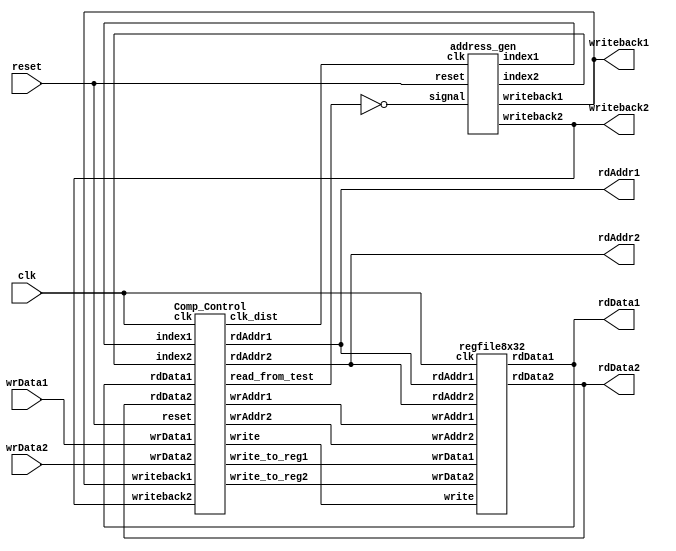
//`timescale 1ns / 1ns

/***************************************************************************
Top module: wires regfile8x32,comp_cont and address_gen together and 
			also defines the input/output of the merge sort engine

***************************************************************************/
module controller_top
  (input clk,input reset,
	output [4:0] rdAddr1,output [4:0] rdAddr2,
	input [7:0] wrData1,input [7:0] wrData2,
	output [7:0] rdData1,output [7:0] rdData2,
	output writeback1,output writeback2);

 wire[4:0] index1;  
 wire [4:0] index2;
 wire write,read;
 wire [7:0] write_to_reg2,write_to_reg1;
 wire [4:0] wrAddr1,wrAddr2;
 wire clk_dist,read_from_test;
/***************************************************************************
wiring for regfile8x32 module
***************************************************************************/
regfile8x32 registers
  (.clk(clk), .write(write),
   .wrAddr1(wrAddr1),.wrAddr2(wrAddr2),
   .wrData1(write_to_reg1),.wrData2(write_to_reg2),
   .rdAddr1(rdAddr1),.rdAddr2(rdAddr2),
   .rdData1(rdData1),.rdData2(rdData2));
/***************************************************************************
wiring for address_gen module
***************************************************************************/
address_gen index_generators
  (.clk(clk_dist),.signal(!read_from_test),.reset(reset),.index1(index1),. 
   index2(index2),.writeback2(writeback2),.writeback1(writeback1));
/***************************************************************************
wiring for comp_cont module
***************************************************************************/
Comp_Control comp_cont
  (.clk(clk),.reset(reset),.writeback1(writeback1),.writeback2(writeback2),
	.rdAddr1(rdAddr1),.rdAddr2(rdAddr2),
	.wrAddr1(wrAddr1),.wrAddr2(wrAddr2),
	.write_to_reg1(write_to_reg1),.write_to_reg2(write_to_reg2),
	.index1(index1),.index2(index2),
	.rdData1(rdData1),.rdData2(rdData2),
	.wrData1(wrData1),.wrData2(wrData2),
	.write(write),.clk_dist(clk_dist),.read_from_test(read_from_test));

endmodule
/////////////////////////////////////////////////////////////////////////////////////////
/////////////////////////////////////////////////////////////////////////////////////////
/////////////////////////////////////////////////////////////////////////////////////////

/***************************************************************************
Comp_Control: -	Compares and swaps values of register before writing them 
				back to the register file using the index from address_gen
				module
			  -	It also takes care of initial data read from the test-
				fixture
			  -	Generates write signal for regfile8x32 and clk_dist for 
				address_gen

***************************************************************************/


module Comp_Control
  (input clk,input reset,
	input writeback1,input writeback2,
	output [4:0] rdAddr1,output [4:0] rdAddr2,
	output reg [4:0] wrAddr1,output reg [4:0] wrAddr2,
	output reg [7:0] write_to_reg1,output reg [7:0] write_to_reg2,
	input [4:0] index1,input [4:0] index2,
	input [7:0] rdData1,input [7:0] rdData2,
	input [7:0] wrData1,input [7:0] wrData2,
	output write,
	output reg clk_dist,
	output reg read_from_test);
   
   

   reg [4:0] count_16;
   reg [7:0] count_dist;
   reg clk_16;
   parameter [1:0] // synopsys enum states 
   S0 = 2'b00, S1 = 2'b01, S2 = 2'b10, S3 = 2'b11;
   reg [1:0]  /* synopsys enum states */current_state, next_state;
   




assign write= (count_dist== 1'b1) | read_from_test ?1'b1:1'b0; 
assign read= (count_dist!= 1'b0)?1'b0:1'b1; 
// Generate clk_dist for the address_gen module
   always @(posedge clk)begin 
    if (reset) begin // active high reset
    	count_dist <= 5'b0 ;
	clk_dist <= 1'b1;
    end else if (count_dist == 2'b01)begin
    	count_dist <= 1'b0;
        clk_dist <=~clk_dist;
     end else begin
	clk_dist <= 0;
	count_dist <= count_dist+1'b1;
    end

   end
   
   // regfile8x32 read addresses to read data from the test-fixture
   always @(posedge clk)begin
    if (reset) begin // active high reset
    	count_16 <= 5'b0 ;
	clk_16 = 1;
    end else if (count_16 == 5'd30)begin
    	count_16 <= 0;
        clk_16 =~clk_16;
     end else begin
	count_16 <= count_16+2'b10;
    end
   end

// regfile8x32 read addresses.
assign rdAddr1=read_from_test?count_16:index1;
assign rdAddr2=read_from_test?count_16+1'b1:index2;


// Compare - swap data and forward it to the write ports for regfile8x32 
always@(*) begin
if (read_from_test) begin // read data from test-fixture->compare swap -> write to regfile8x32
  write_to_reg1 = wrData1>wrData2?wrData1:wrData2;
  write_to_reg2 = wrData1>wrData2?wrData2:wrData1;
   wrAddr1=count_16+1'b1;
  wrAddr2=count_16;
end else if (write == 1'b1 ) begin // read data from regfile8x32->compare swap -> write to regfile8x32
   write_to_reg1 = rdData1<rdData2?rdData1:rdData2;
   write_to_reg2 = rdData1<rdData2?rdData2:rdData1;
   wrAddr1=index1;
   wrAddr2=index2;
end else if (writeback1 |  writeback2) begin // read data from regfile8x32->compare swap -> write to test-fixture
   write_to_reg1 = rdData1<rdData2?rdData1:rdData2;
   write_to_reg2 = rdData1<rdData2?rdData2:rdData1;
   wrAddr1=index1;
   wrAddr2=index2;
end
end

	/*------- Sequential Logic ----*/ 
always@(posedge clk ) 
if (reset) current_state <= S0; 
else current_state <= next_state;
// State machine to control read from the test-fixture
always@(current_state or clk_16) begin
case (current_state) 
S0: begin    
read_from_test <=1'b1;

if (clk_16==1'b0 & read_from_test == 1'b1)
begin next_state = S1; read_from_test <=1'b0; end
else next_state = S0; end
// dummy states all operations are handled by the index generated by address_gen
S1: begin 
next_state = S2; 
end
S2 : begin  next_state = S1; end
default : next_state = S1; 
endcase
end

endmodule

/////////////////////////////////////////////////////////////////////////////////////////
/////////////////////////////////////////////////////////////////////////////////////////
/////////////////////////////////////////////////////////////////////////////////////////

/***************************************************************************
regfile8x32: -	store the data.
***************************************************************************/

module regfile8x32
  (input clk,
   input write,
   input  [4:0] wrAddr1,wrAddr2,
   input [7:0] wrData1,wrData2,
   input [4:0] rdAddr1,rdAddr2,
   output reg [7:0] rdData1,rdData2);
// a register file of 32 elements each 8-bit wide
   reg [7:0] 	 regfile [0:31];
// read data when no other write operation is being performed
   always @(posedge clk) begin
      if (!write) begin
	rdData1 <= regfile[rdAddr1];
	rdData2 <= regfile[rdAddr2];
      end
   end
// write data when write is logic high
   always @(posedge clk) begin
      if (write) begin
	regfile[wrAddr1] <= wrData1;
	regfile[wrAddr2] <= wrData2;
	end
   end
endmodule

/////////////////////////////////////////////////////////////////////////////////////////
/////////////////////////////////////////////////////////////////////////////////////////
/////////////////////////////////////////////////////////////////////////////////////////

/***************************************************************************
address_gen: -	generate the address indexes for sorting, penultimate and
				final sorted write back stages.
***************************************************************************/


module address_gen
  (input clk,input signal,input reset,
	output wire [4:0] index1,output wire [4:0] index2,
	output reg writeback2,output reg writeback1);
   reg [4:0] count_wb;
   reg [8:0] count;
   
   reg [4:0] loop2_count,loop2_count_temp;
  
   wire [4:0] loop3_count;
   reg [7:0] dist,l1,l2,dist_temp;
   //wire [4:0] index1,index2;
   reg [4:0] loop1_count;
   reg [7:0] count_l2,count_temp;
   reg init_zero,clk_l2,next;
    
   always @(posedge clk)begin
    if (reset | !signal) begin // active high reset
    	count_l2 <= 5'b0 ;
	clk_l2 = 1;
    end else if (count_l2 == l2-1)begin
    	count_l2 <= 0;
        clk_l2 =~clk_l2;
     end else begin
	//clk5 =~clk5;
	count_l2 <= count_l2+1'b1;
    end
   end
	// the count which controls the state machine to update the loop controlling variables
   always @(posedge clk)begin
    if (reset | !signal) begin 
    	count <= 5'b0 ;
    end else begin
    	count <= count + 1;
    end
   end
   // counter to generate the writeback to test-fixture counts
   always @(posedge clk)begin
    if (reset | !signal ) begin // active high reset
    	count_wb <= 5'b0 ;
    end else if (writeback1 | writeback2)begin
    	count_wb <= count_wb + 2;
    end
   end
   // code to control the loop1_count which is being used to generate the loop2_count
   // which in turn generates the indexes
  always @(posedge clk)begin
    if (reset) begin // active high reset
    	loop1_count <= 5'd0 ;
    end else  if (!init_zero | !signal) begin // active high reset
    	loop1_count <= 5'd0 ;
    end else if (count_l2 == l2 -1 & loop1_count+2'b10*dist<32 && count_l2 == l2-1'b1) begin
    	loop1_count<=loop1_count+2'b10*dist;
    end
   end
	// Code to generate the index 1
   always @(posedge clk)begin
	if (reset | !init_zero  | !signal) begin
		next = 5'd0;
        dist_temp = dist;
		count_temp = dist;
		loop2_count=5'd0;
		loop2_count_temp=5'd0;
	end else  begin

	if(count_l2 == 5'd0) begin
		next = 5'b1;
		dist_temp = dist;
		count_temp = dist_temp;
		loop2_count=loop1_count;
		loop2_count_temp=loop1_count;
	end else if(count_temp == 5'b1) begin
		next = 5'b0;
		dist_temp = dist_temp-5'b1;
		count_temp = dist_temp;
		loop2_count_temp=loop2_count_temp +5'b1 ;
		loop2_count=loop2_count_temp;
	end else begin 
	    count_temp =count_temp-5'b1;
		loop2_count =loop2_count+5'b1;
    end end
end

   // temp variable to store index2
   assign loop3_count = loop2_count+dist_temp;
   // check if penultimate or final sorted writeback operation and select
   // the appropriate address indexes
   assign index1 = (writeback1|writeback2)?count_wb:loop2_count;
   assign index2 = (writeback1|writeback2)?count_wb+1'd1:loop3_count;

  // state machine based on the count variable to control index generating counters
  always @(posedge clk)begin
    if (reset | !signal) begin // active high reset
    	//  dist 2
		dist <= 8'd2 ;
		l1 <= 8'd2;
		l2 <= 8'd3;
		init_zero <= 5'b1;
		writeback2 <=5'b0;
		writeback1 <=5'b0;
    end else if (count==9'd23) begin
	//  dist 4
    	dist <= 8'd4;
		l1 <= 8'd4;
		l2 <= 8'd10;
		init_zero <= 5'b0;
		writeback2 <=5'b0;
		writeback1 <=5'b0;
    end else if (count==9'd63) begin
	// dist 8
    	dist <= 8'd8;
		l1 <= 8'd2;
		l2 <= 8'd36;
		init_zero <= 5'b0;
		writeback2 <=5'b0;
		writeback1 <=5'b0;
    end else if (count==9'd136) begin
	// writeback1
    	dist <= 8'd1;
		l1 <= 8'd1;
		l2 <= 8'd1;
		init_zero <= 5'b0;
		writeback2 <=5'b0;
		writeback1 <=5'b1;
    end else if (count==9'd152) begin
	// dist 16
    	dist <= 8'd16;
		l1 <= 8'd1;
		l2 <= 8'd153;
		init_zero <= 5'b0;
		writeback2 <=5'b0;
		writeback1 <=5'b0;
    end else if (count==9'd289) begin
	// writeback2
    	dist <= 8'd1 ;
		l1 <= 8'd1;
		l2 <= 8'd1;
		init_zero <= 5'b0;
		writeback2 <=5'b1;
		writeback1 <=5'b0;
	end else if (count==9'd305) begin
    		writeback2 <=5'b0;
    	end else begin
		init_zero <= 1'b1;
	end
   end
 
 
endmodule